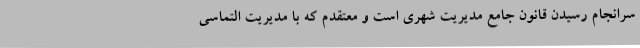
سرانجام رسیدن قانون جامع مدیریت شهری است و معتقدم که با مدیریت التماسی